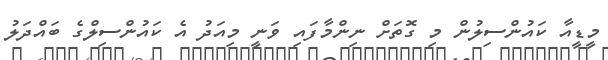
މީޑީއާ ކައުންސިލުން މި ގޮތަށް ނިންމާފައި ވަނީ މިއަދު އެ ކައުންސިލްގެ ބައްދަލު